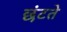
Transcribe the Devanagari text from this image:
छंटते